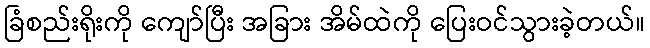
ခြံစည်းရိုးကို ကျော်ပြီး အခြား အိမ်ထဲကို ပြေးဝင်သွားခဲ့တယ်။